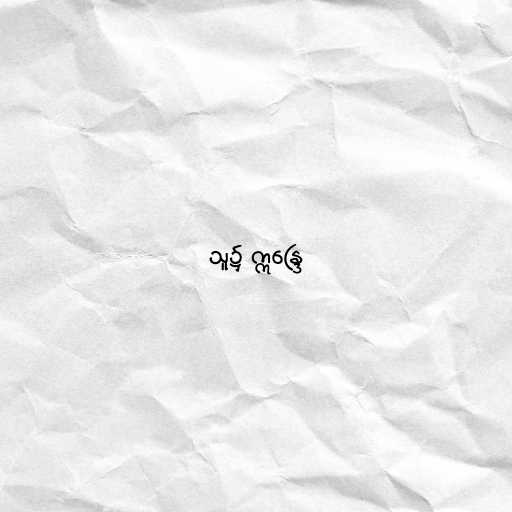
သူ၌ ဣန္ဒြေ